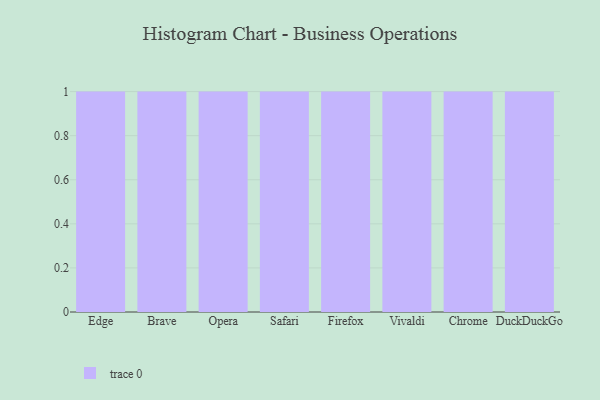
{"axis": {"x": "Browser", "y": "Bounce Rate (%)"}, "legend": [""], "data": [{"x": "Edge", "y": 39, "type": ""}, {"x": "Brave", "y": 24, "type": ""}, {"x": "Opera", "y": 68, "type": ""}, {"x": "Safari", "y": 17, "type": ""}, {"x": "Firefox", "y": 52, "type": ""}, {"x": "Vivaldi", "y": 46, "type": ""}, {"x": "Chrome", "y": 35, "type": ""}, {"x": "DuckDuckGo", "y": 58, "type": ""}]}